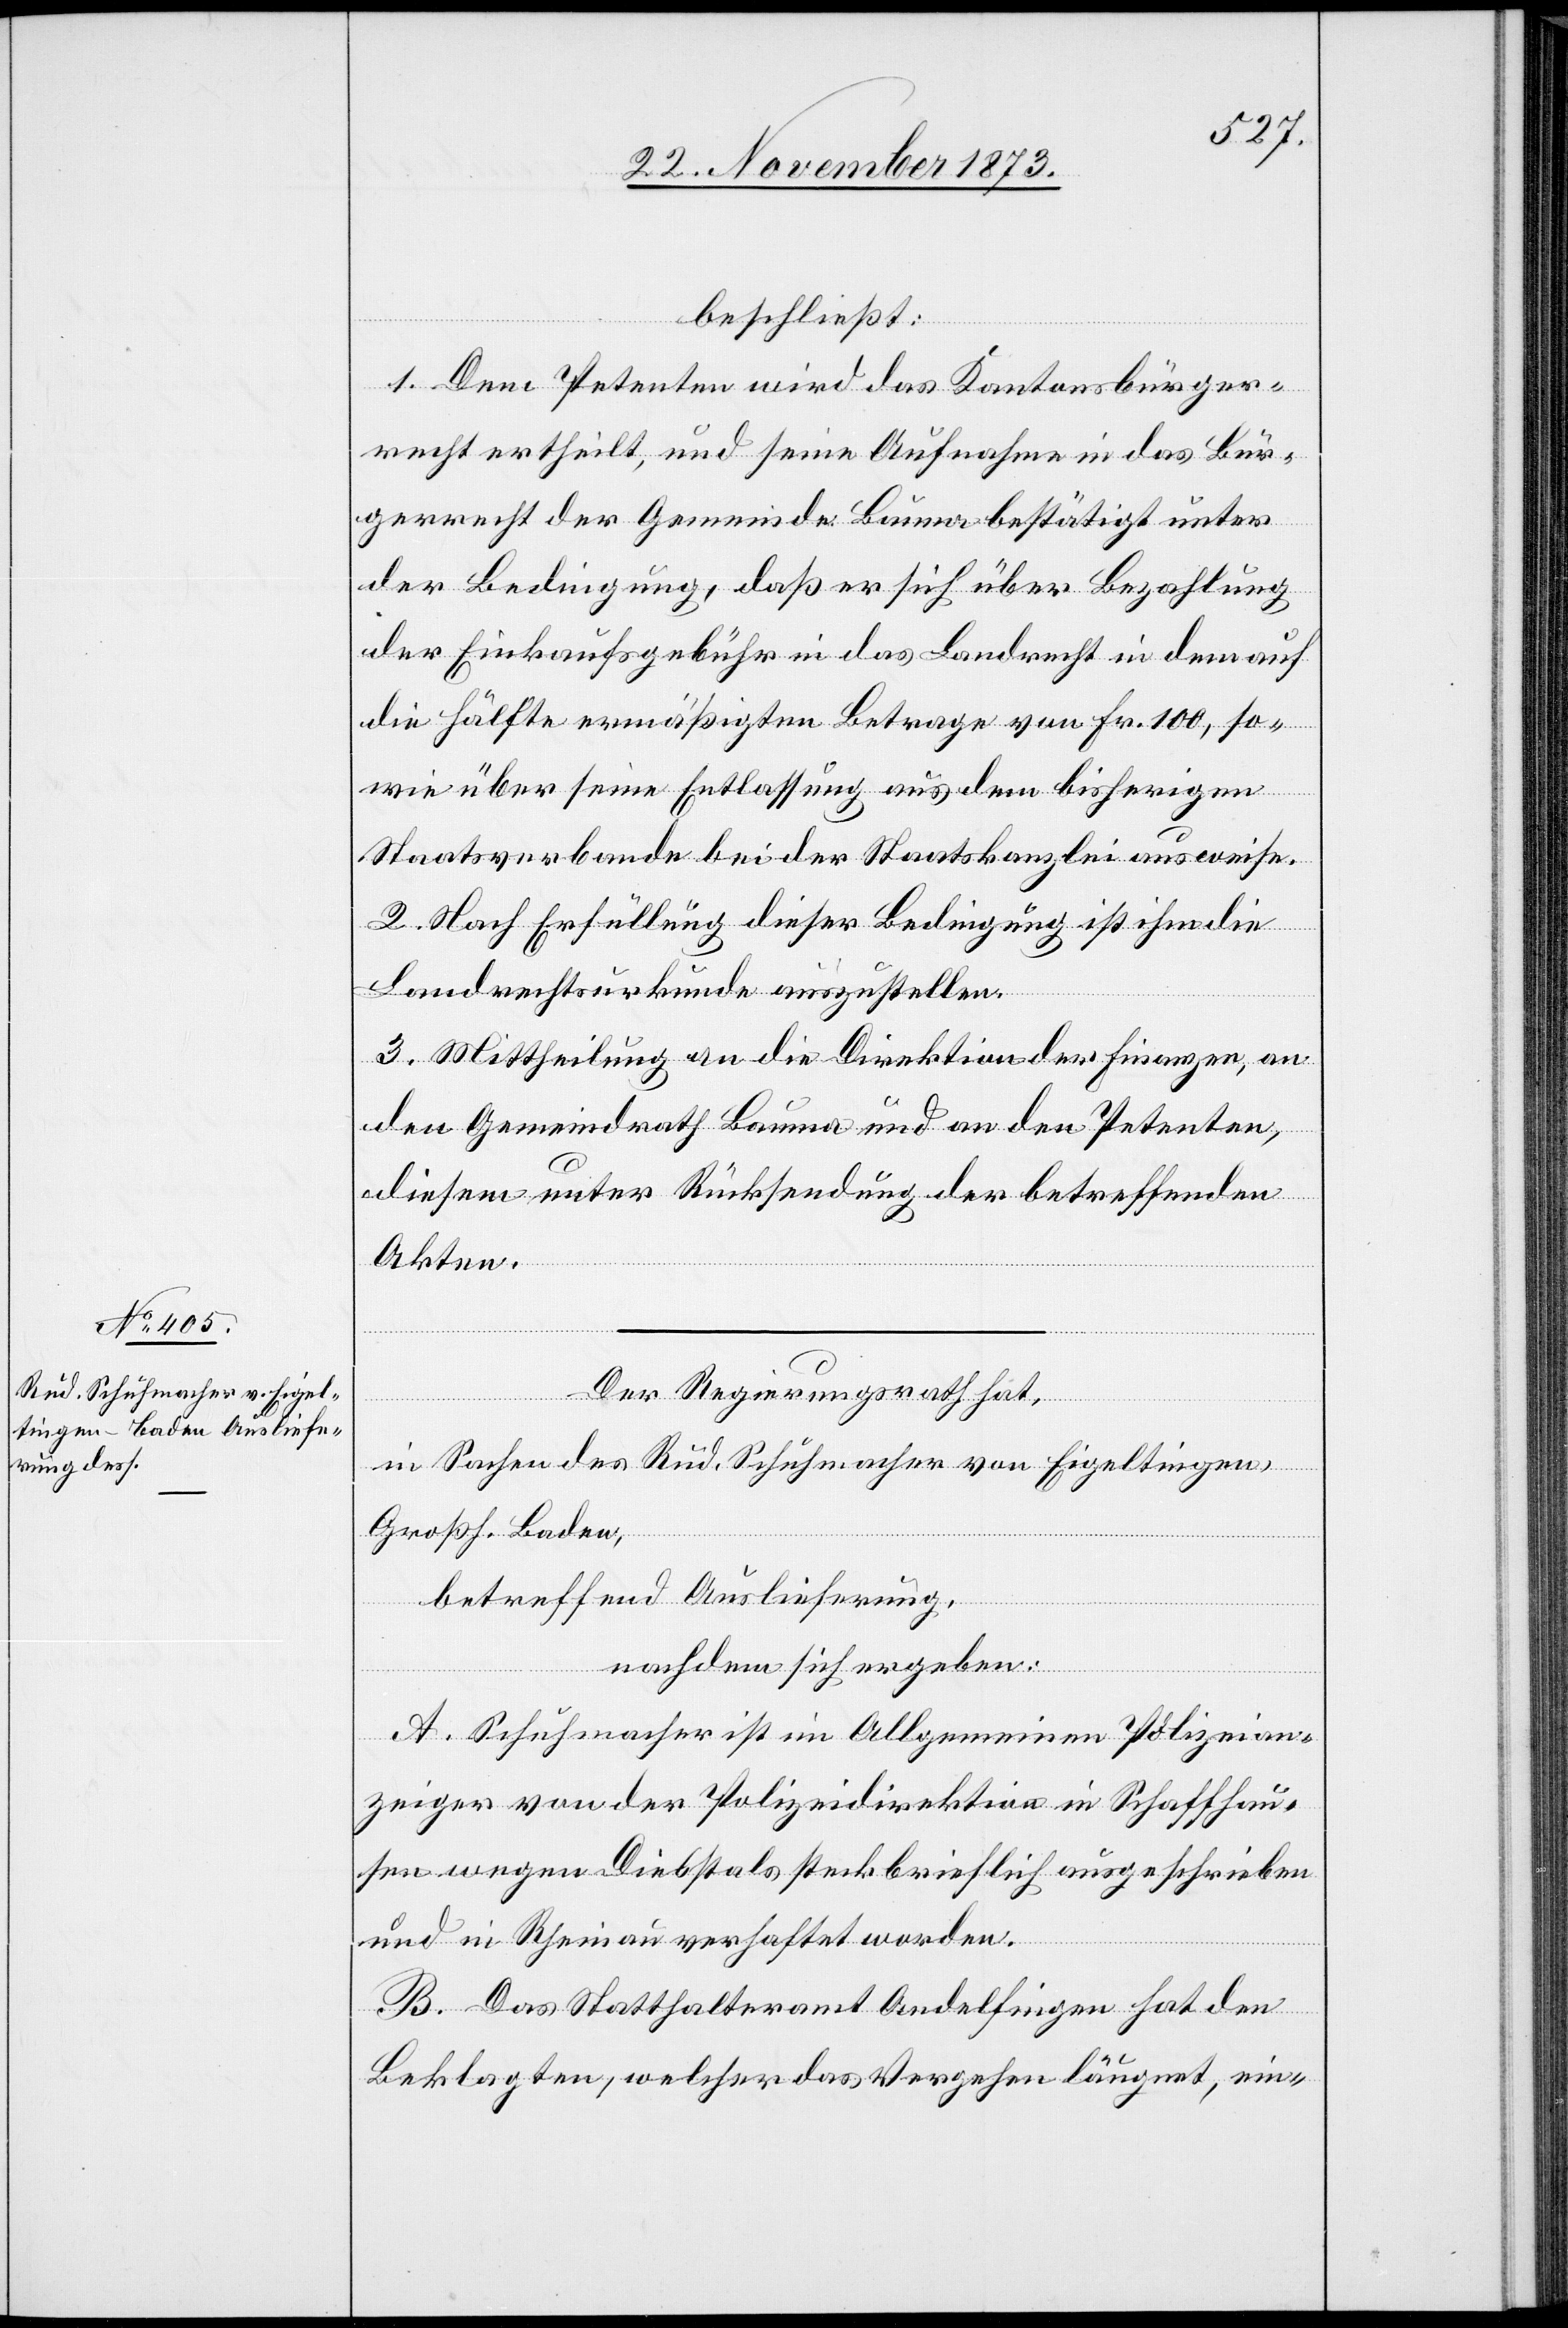
beschließt:
1. Dem Petenten wird das Kantonsbürger¬
recht ertheilt, und seine Aufnahme in das Bür¬
gerrecht der Gemeinde Bauma bestätigt unter
der Bedingung, daß er sich über Bezahlung
der Einkaufsgebühr in das Landrecht in dem auf
die Hälfte ermäßigten Betrage von Fr. 100, so¬
wie über seine Entlassung aus dem bisherigen
Staatsverbande bei der Staatskanzlei ausweise.
2. Nach Erfüllung dieser Bedingung ist ihm die
Landrechtsurkunde auszustellen.
3. Mittheilung an die Direktion der Finanzen, an
den Gemeindrath Bauma und an den Petenten,
diesem unter Rücksendung der betreffenden
Akten.
Der Regierungsrath hat,
in Sachen des Rud. Schuhmacher von Eigeltingen,
Großh. Baden,
betreffend Auslieferung,
nachdem sich ergeben:
A. Schuhmacher ist im Allgemeinen Polizeian¬
zeiger von der Polizeidirektion in Schaffhau¬
sen wegen Diebstals steckbrieflich ausgeschrieben
und in Rheinau verhaftet worden.
B. Das Statthalteramt Andelfingen hat den
Beklagten, welcher das Vergehen läugnet, ein-